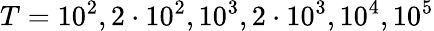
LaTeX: T=10^{2},2\cdot 10^{2},10^{3},2\cdot 10^{3},10^{4},10^{5}